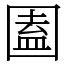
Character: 圔